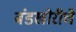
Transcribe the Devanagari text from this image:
बंडखोरीचे